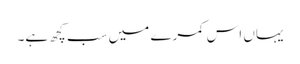
یہاں اس کمرے میں سب کچھ ہے۔